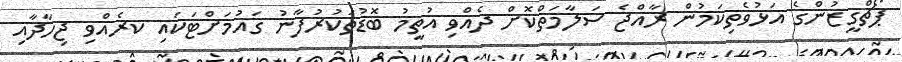
ޕޯޗްގީޒުންގެ އަޅުވެތިކަމުން ރާއްޖެ ސަލާމަތްކޮށް ދެއްވި އުތީމު ބޮޑުތަކުރުފާނު ގައުމަށްޓަކައި ކރެއްވި ޖިހާދާއި